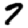
Digit: 7